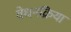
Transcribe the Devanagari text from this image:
वेधनक्रिया